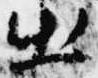
出